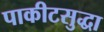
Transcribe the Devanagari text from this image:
पाकीटसुद्धा